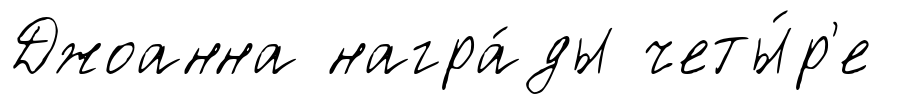
Джоанна награ́ды четы́р'е